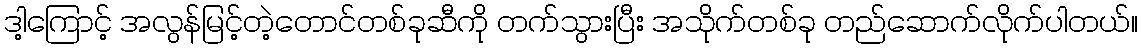
ဒါ့ကြောင့် အလွန်မြင့်တဲ့တောင်တစ်ခုဆီကို တက်သွားပြီး အသိုက်တစ်ခု တည်ဆောက်လိုက်ပါတယ်။